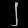
Digit: ၂